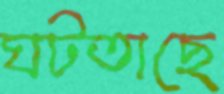
ঘটতাছে